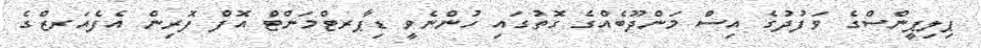
ޕިލިޕީންސްގެ ވަފުދުގެ އިސް މަންދޫބެއްގެ ގޮތުގައި ހުންނެވީ ޑިޕާރޓްމަންޓް އޮފް ފޮރިން އެފެއަރޒްގެ